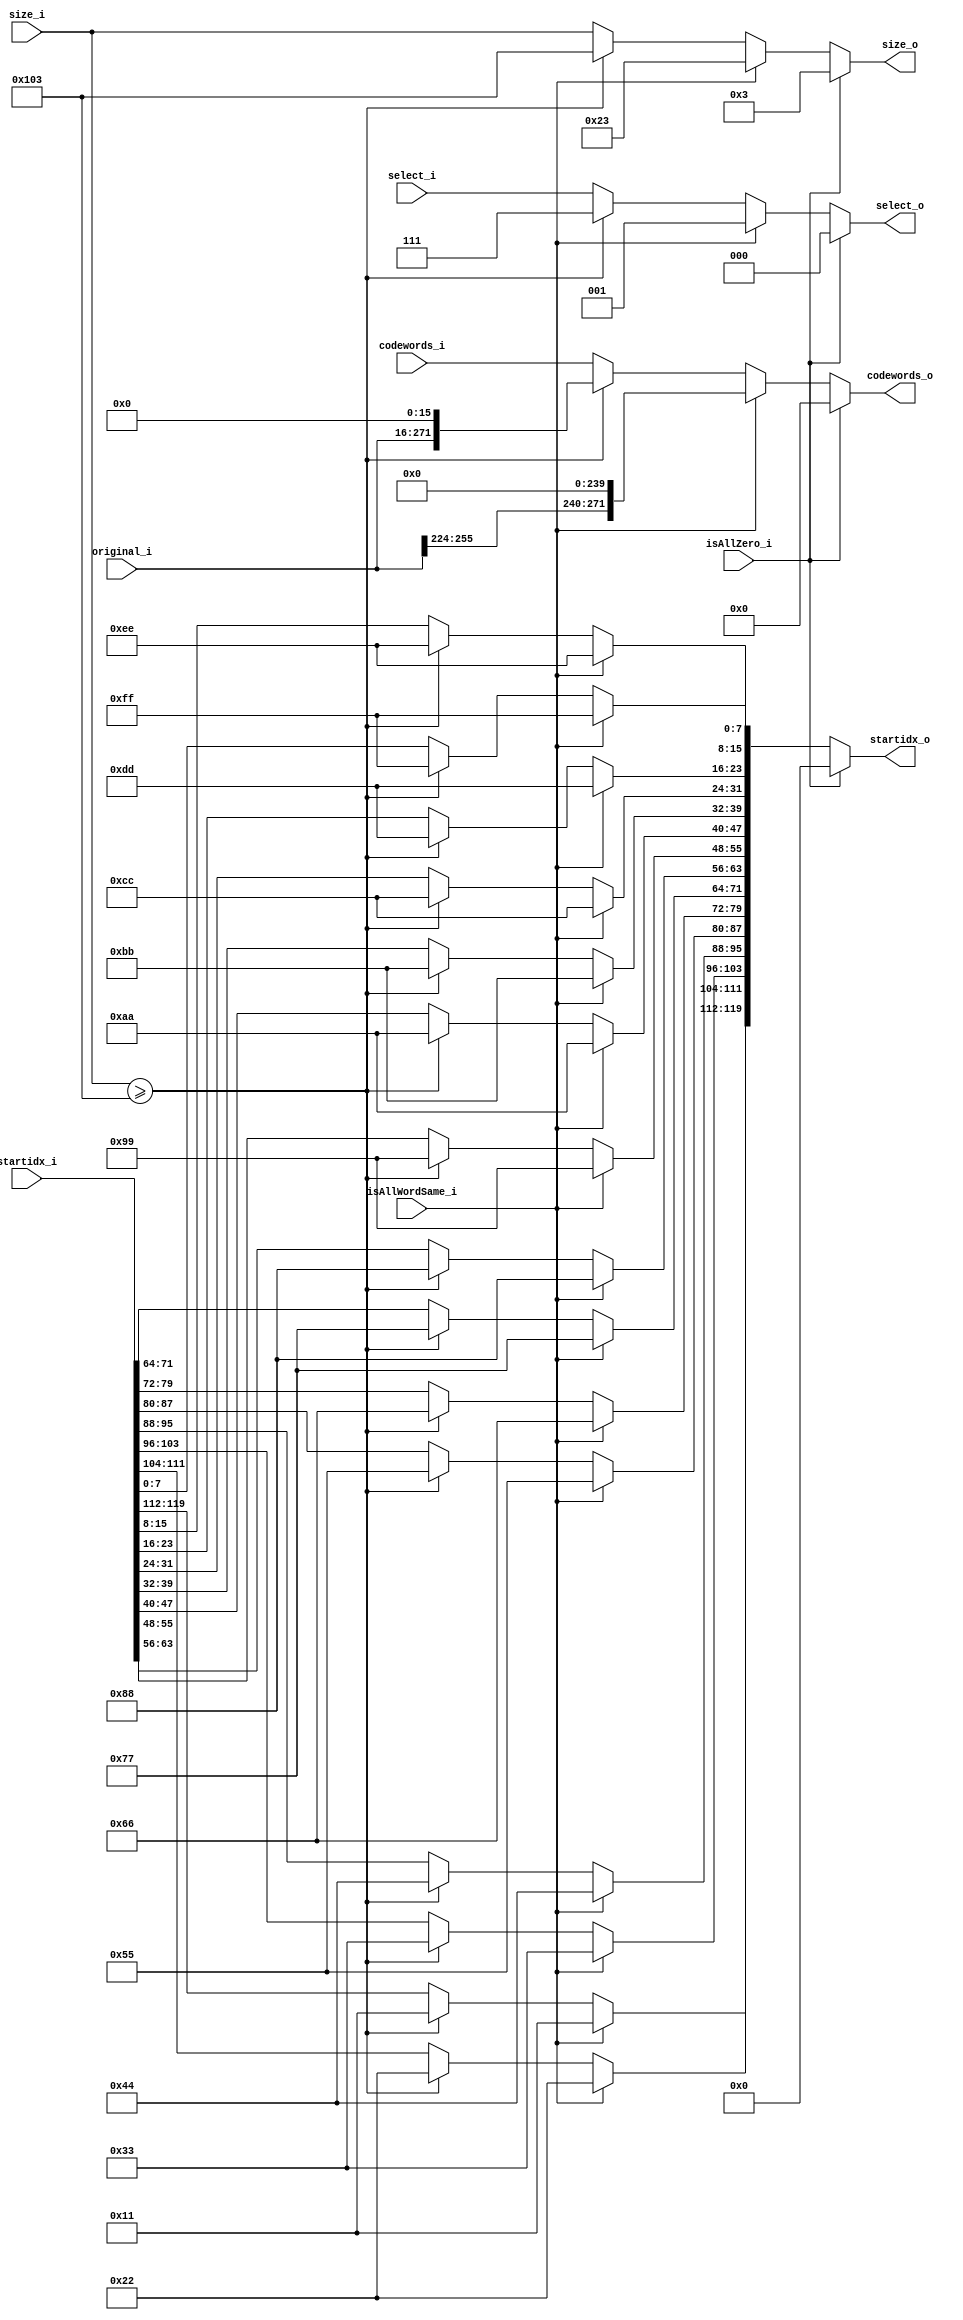
module SELECTOR   #(
  parameter   NUM_PATTERNS  = 8,
  parameter   NUM_MODULES   = NUM_PATTERNS-1,

  parameter   LEN_ENCODE    = $clog2(NUM_PATTERNS)
)(
  input   wire  [255:0]           original_i,
  input   wire                    isAllZero_i,
  input   wire                    isAllWordSame_i,

  input   wire  [LEN_ENCODE-1:0]  select_i,
  input   wire  [  8:0]           size_i,
  input   wire  [119:0]           startidx_i,
  input   wire  [271:0]           codewords_i,

  output  wire  [271:0]           codewords_o,
  output  wire  [119:0]           startidx_o,
  output  wire  [LEN_ENCODE-1:0]  select_o,
  output  wire  [  8:0]           size_o
);
  // synopsys template
  
  reg   [271:0]           codewords;
  reg   [119:0]           startidx;
  reg   [LEN_ENCODE-1:0]  select;
  reg   [8:0]             size;

  always @(*) begin
    // all-zero
    if (isAllZero_i) begin
      codewords = 272'd0;
      startidx = 120'd0;
      select = 'd0;
      size = LEN_ENCODE;
    end
    // all-wordsame
    else if (isAllWordSame_i) begin
      codewords = {original_i[255:224], 240'b0};
      startidx[119:112] = 'd17;
      startidx[111:104] = 'd34;
      startidx[103: 96] = 'd51;
      startidx[ 95: 88] = 'd68;
      startidx[ 87: 80] = 'd85;
      startidx[ 79: 72] = 'd102;
      startidx[ 71: 64] = 'd119;
      startidx[ 63: 56] = 'd136;
      startidx[ 55: 48] = 'd153;
      startidx[ 47: 40] = 'd170;
      startidx[ 39: 32] = 'd187;
      startidx[ 31: 24] = 'd204;
      startidx[ 23: 16] = 'd221;
      startidx[ 15:  8] = 'd238;
      startidx[  7:  0] = 'd255;
      select = 'd1;
      size = LEN_ENCODE + 'd32;
    end
    // uncompressible
    else if (size_i >= 'd256 + LEN_ENCODE) begin
      codewords = {original_i, 16'b0};
      startidx[119:112] = 'd17;
      startidx[111:104] = 'd34;
      startidx[103: 96] = 'd51;
      startidx[ 95: 88] = 'd68;
      startidx[ 87: 80] = 'd85;
      startidx[ 79: 72] = 'd102;
      startidx[ 71: 64] = 'd119;
      startidx[ 63: 56] = 'd136;
      startidx[ 55: 48] = 'd153;
      startidx[ 47: 40] = 'd170;
      startidx[ 39: 32] = 'd187;
      startidx[ 31: 24] = 'd204;
      startidx[ 23: 16] = 'd221;
      startidx[ 15:  8] = 'd238;
      startidx[  7:  0] = 'd255;
      select = NUM_PATTERNS - 1;
      size = LEN_ENCODE + 256;
    end
    // compressible
    else begin
      codewords = codewords_i;
      startidx = startidx_i;
      select = select_i;
      size = size_i;
    end
  end

  // output assignment
  assign codewords_o = codewords;
  assign startidx_o = startidx;
  assign select_o = select;
  assign size_o = size;
endmodule